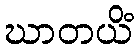
ဃာတယိံ